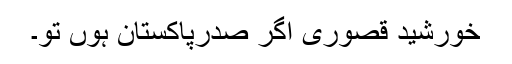
خورشید قصوری اگر صدرِپاکستان ہوں تو۔